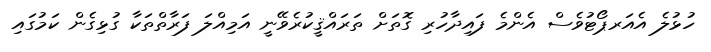
ހުޅުލެ އެއަރޕޯޓުވެސް އެންމެ ފައިދާހުރި ގޮތަށް ތަރައްޤީކުރެވޭނީ އަމިއްލަ ފަރާތްތަކާ ގުޅިގެން ކަމުގައި